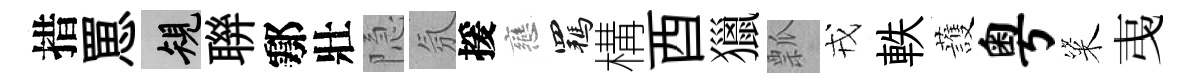
措罳規聨鄠壯隐氛援戀羈構酉獵瓢戎軼䕶粤粢𢎯